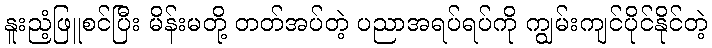
နူးညံ့ဖြူစင်ပြီး မိန်းမတို့ တတ်အပ်တဲ့ ပညာအရပ်ရပ်ကို ကျွမ်းကျင်ပိုင်နိုင်တဲ့